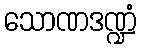
သောဏဒဏ္ဍံ